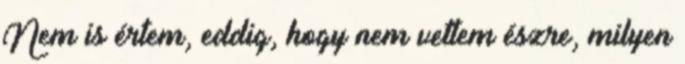
Nem is értem, eddig, hogy nem vettem észre, milyen